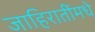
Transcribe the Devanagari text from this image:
जाहिरातींमधे